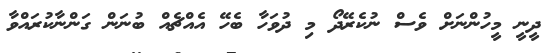
ދީނީ މީހުންނަށް ވެސް ނުކެރޭދޯ މި ދުވަހާ ބެހޭ އެއްޗެއް ބުނަން ގަންނާކުރައްވާ